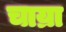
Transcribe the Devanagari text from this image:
चाय्रा